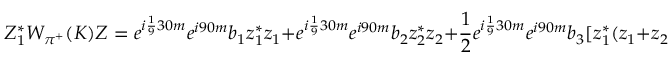
Z _ { 1 } ^ { * } W _ { \pi ^ { + } } ( K ) Z = e ^ { i \frac 1 9 3 0 m } e ^ { i 9 0 m } b _ { 1 } z _ { 1 } ^ { * } z _ { 1 } + e ^ { i \frac 1 9 3 0 m } e ^ { i 9 0 m } b _ { 2 } z _ { 2 } ^ { * } z _ { 2 } + \frac 1 2 e ^ { i \frac 1 9 3 0 m } e ^ { i 9 0 m } b _ { 3 } [ z _ { 1 } ^ { * } ( z _ { 1 } + z _ { 2 } ) + z _ { 1 } ^ { * } ( z _ { 1 } + z _ { 2 } ) ]